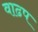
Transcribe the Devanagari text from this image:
वाढप